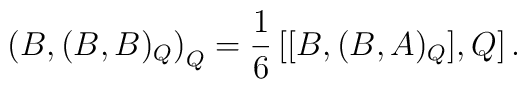
\left(  B,(B,B)_{Q}\right)  _{Q}=\frac{1}{6}\left[  [B,(B,A)_{Q}],Q\right].